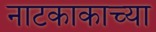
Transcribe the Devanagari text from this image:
नाटकाकाच्या